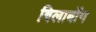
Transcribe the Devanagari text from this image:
बिलाबोंग